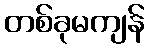
တစ်ခုမကျန်